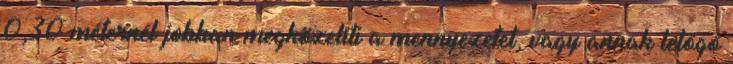
0,30 méternél jobban megközelíti a mennyezetet, vagy annak lelógó